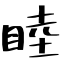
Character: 睦